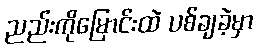
ညည်းကိုမြောင်းထဲ ပစ်ချခဲ့မှာ